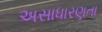
અસાધારણતા